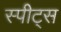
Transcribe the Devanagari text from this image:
स्पीट्स